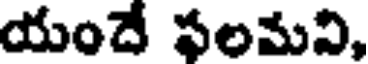
యందే ఫలమని,